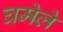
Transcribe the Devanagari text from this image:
घमेले